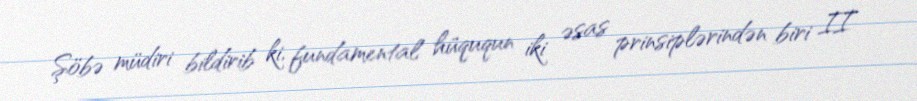
Şöbə müdiri bildirib ki, fundamental hüququn iki əsas prinsiplərindən biri II